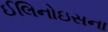
ઈલિનોઇસના